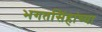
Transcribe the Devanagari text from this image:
भगतसिंहांच्या